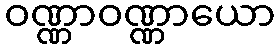
ဝဏ္ဏာဝဏ္ဏာယော